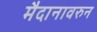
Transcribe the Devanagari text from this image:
मैदानावरुन